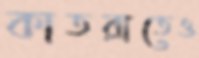
কাতরাতেও